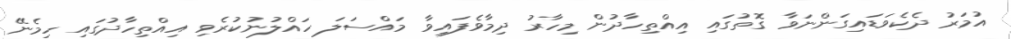
އުމަރު ދެކެވަޑައިގަންނަވާ ގޮތުގައި އިއްތިހާދުން މިހާރު ދިމާވެފައިވާ މައްސަލަ ހައްލުނުކުރެވި އިއްތިހާދުގައި ހިމެނޭ